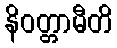
နိဝတ္တာမီတိ